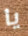
يا